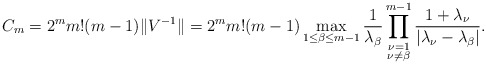
\begin{align*}C_m = 2^m m! (m-1) \|V^{-1}\| = 2^m m! (m-1) \max_{1\leq \beta\leq m-1} \frac{1}{\lambda_{\beta}} \prod_{\substack{\nu=1 \\\nu\neq\beta}}^{m-1} \frac{1+\lambda_{\nu}}{|\lambda_{\nu} - \lambda_{\beta}|}.\end{align*}